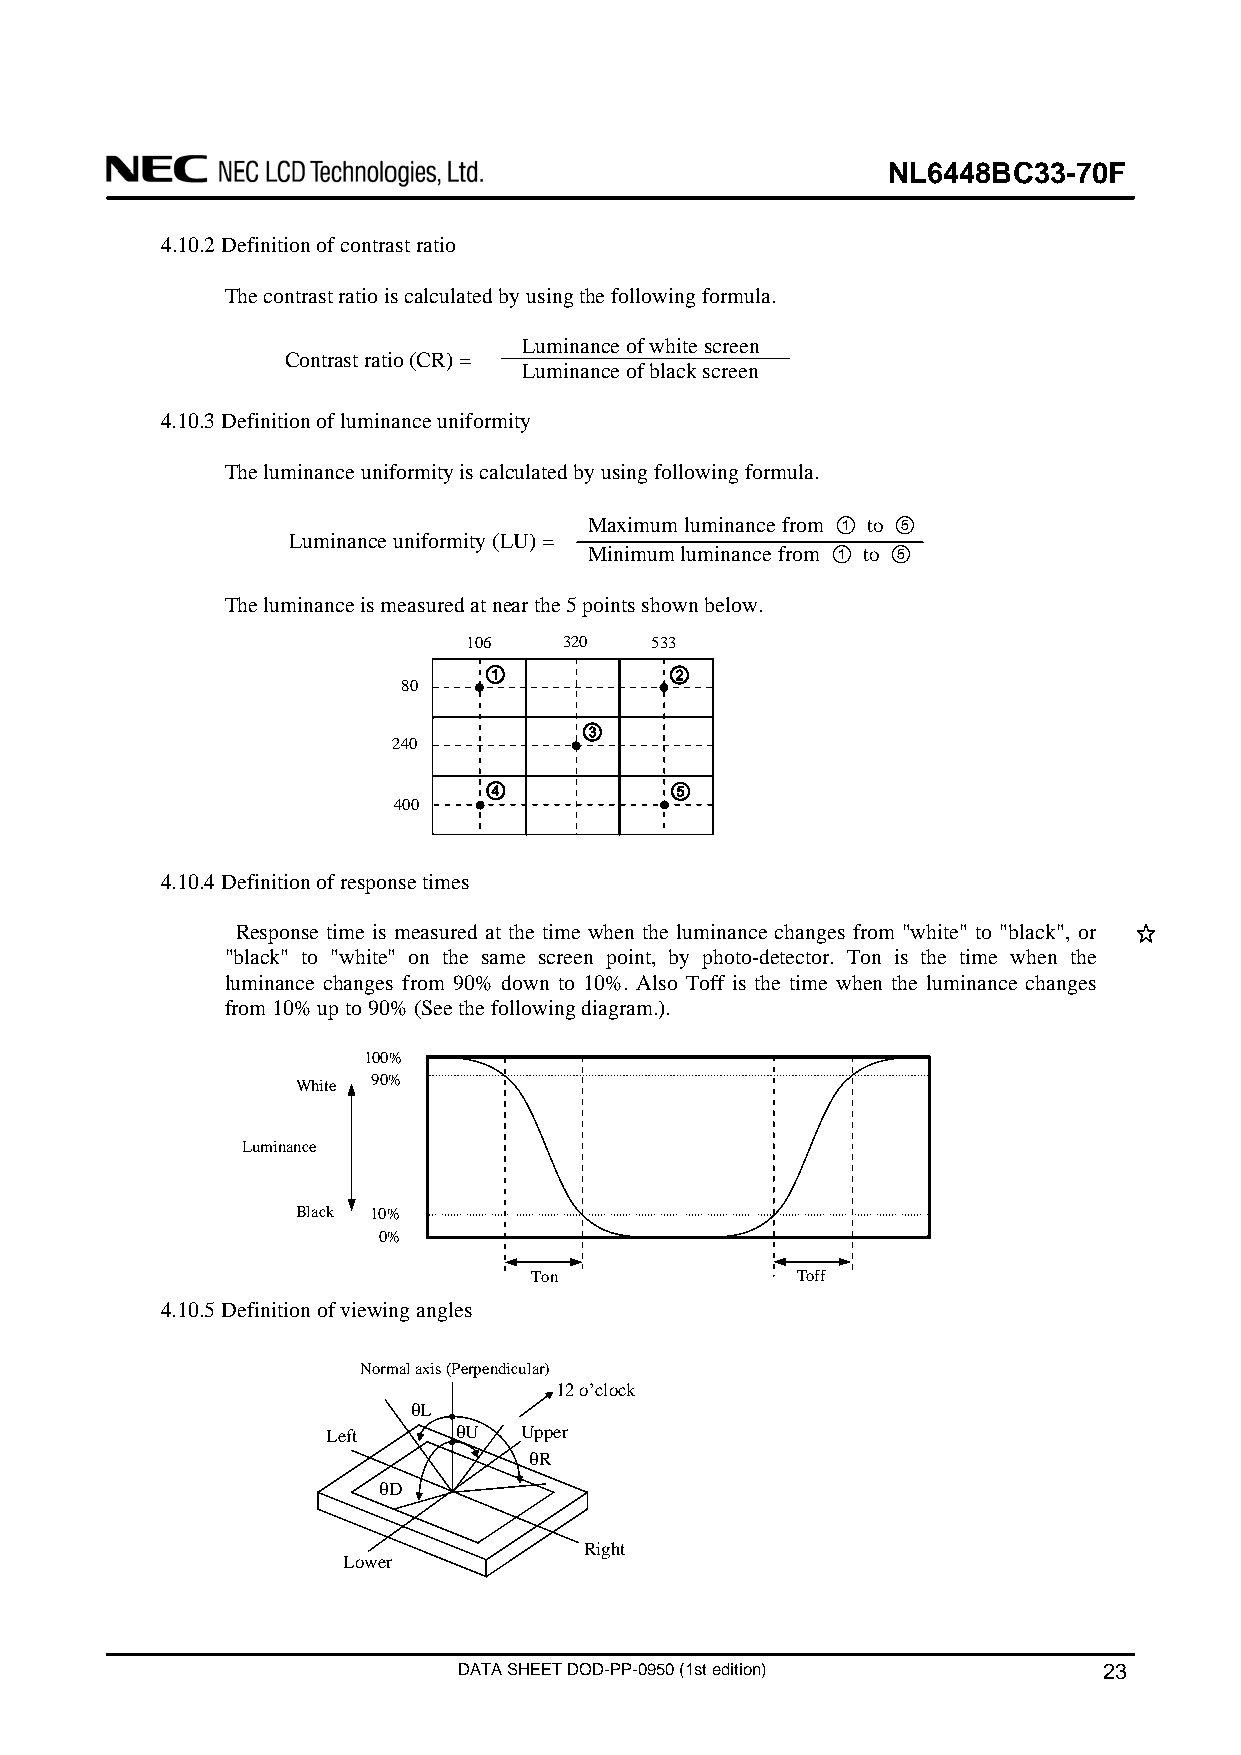
NL6448BC33-70F
 4.10.2 Definition of contrast ratio
 The contrast ratio is calculated by using the following formula.
 Luminance of white screen
 Contrast ratio (CR) =
 Luminance of black screen
 4.10.3 Definition of luminance uniformity
 The luminance uniformity is calculated by using following formula.
 Maximum luminance from ① to ⑤
 Luminance uniformity (LU) =
 Minimum luminance from ① to ⑤
 The luminance is measured at near the 5 points shown below.
 106   320   533
 80
 ①           ②
 ③
 240
 ④           ⑤
 400
 4.10.4 Definition of response times
 Response time is measured at the time when the luminance changes from "white" to "black", or
 "black" to "white" on the same screen point, by photo-detector. Ton is the time when the
 luminance changes from 90% down to 10%. Also Toff is the time when the luminance changes
 from 10% up to 90% (See the following diagram.).
 100%
 White 90%
 Luminance
 Black 10%
 0%
 Ton               Toff
 4.10.5 Definition of viewing angles
 Normal axis (Perpendicular)
 12 o’clock
 θL
 Left    θU  Upper
 θR
 θD
 Right
 Lower
 DATA SHEET DOD-PP-0950 (1st edition)       23